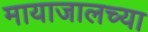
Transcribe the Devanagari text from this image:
मायाजालच्या